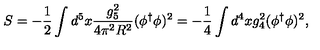
S = - \frac { 1 } { 2 } \int d ^ { 5 } x \frac { g _ { 5 } ^ { 2 } } { 4 \pi ^ { 2 } R ^ { 2 } } ( \phi ^ { \dagger } \phi ) ^ { 2 } = - \frac { 1 } { 4 } \int d ^ { 4 } x g _ { 4 } ^ { 2 } ( \phi ^ { \dagger } \phi ) ^ { 2 } ,